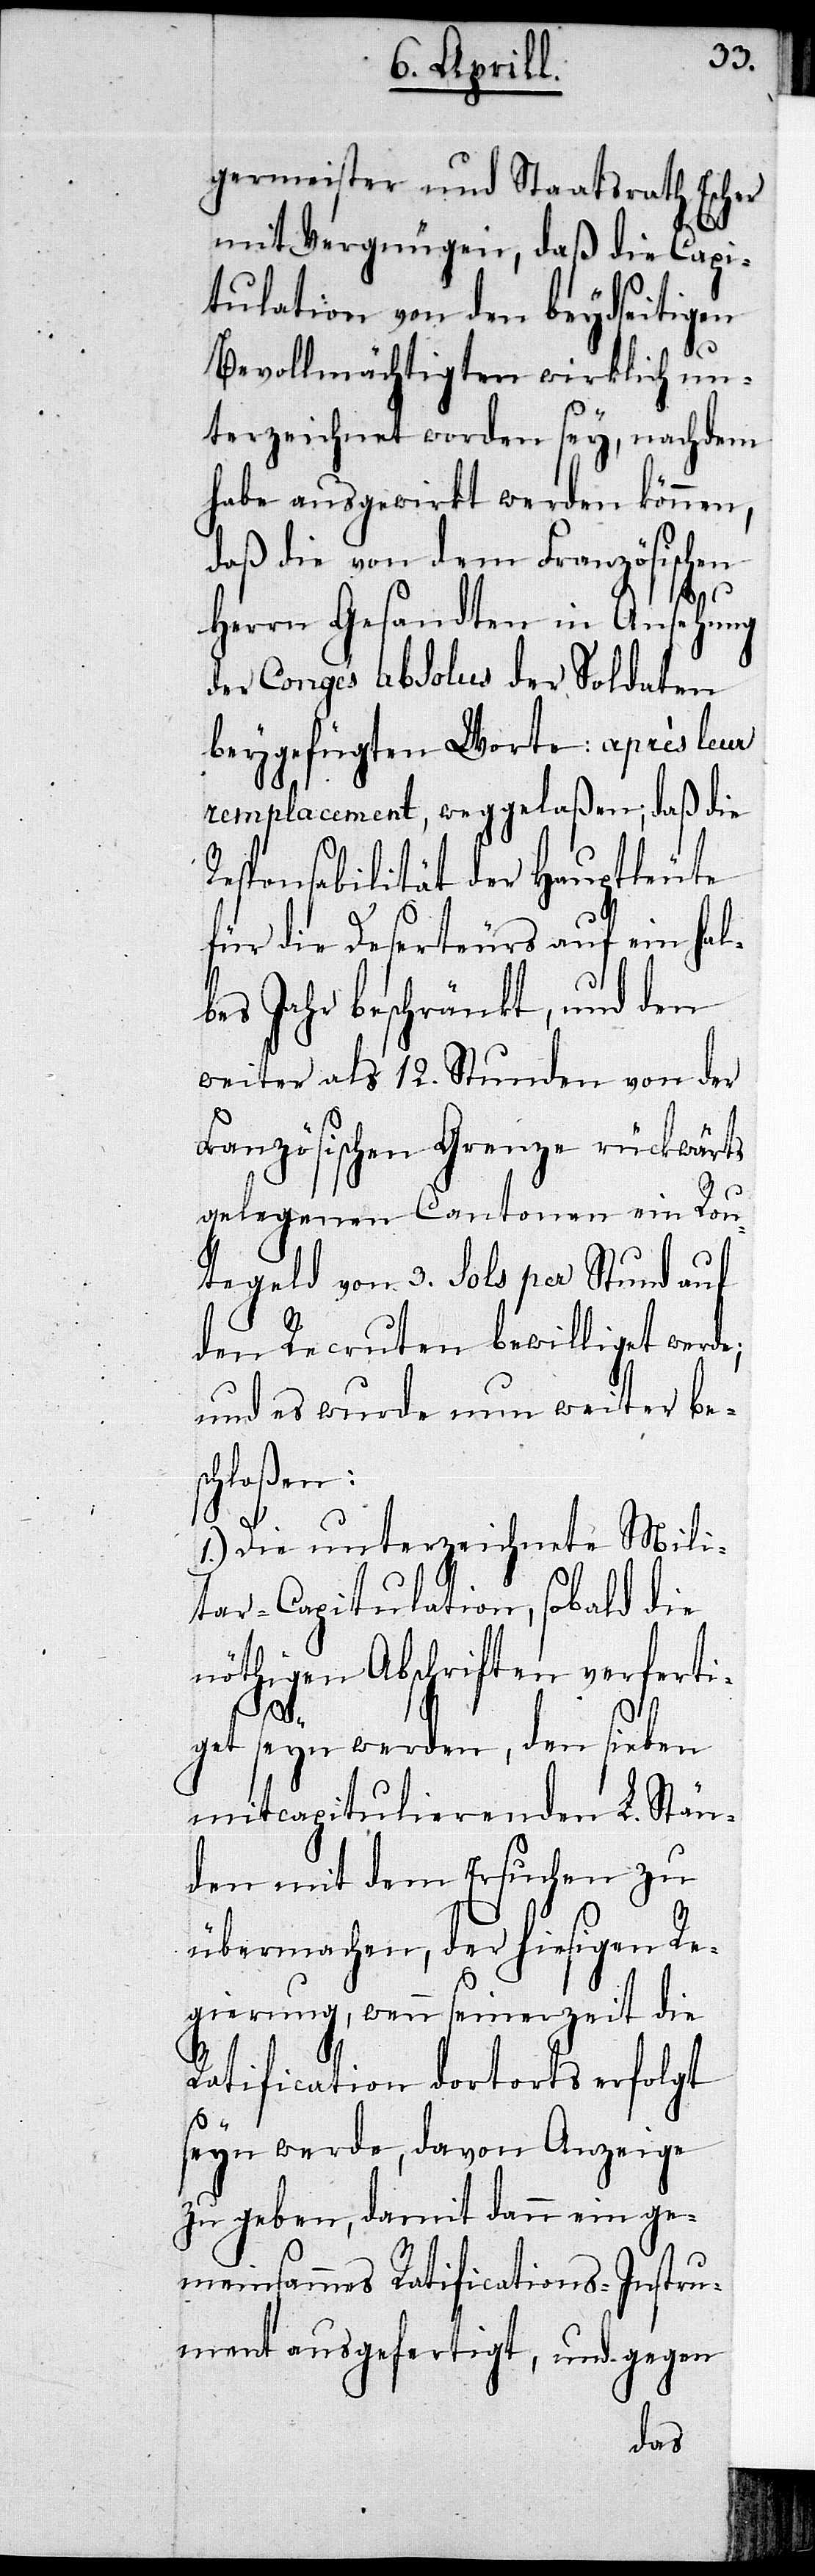
germeister und Staatsrath Escher
mit Vergnügen, daß die Capi¬
tulation von den beydseitigen
Bevollmächtigten wirklich un¬
terzeichnet worden sey,
nachdem
habe ausgewirkt werden können,
daß die von dem Französischen
Herrn Gesandten in Ansehung
der Congés absolus der Soldaten
beygefügten Worte: après leur
remplacement, weggelaßen, daß die
Responsabilität der Hauptleute
für die Deserteurs auf ein hal¬
bes Jahr beschränkt, und den
weiter als 12. Stunden von der
Französischen Grenze rückwärts
gelegenen Cantonen ein Rou¬
tegeld von 3. Sols per Stund auf
den Recruten bewilliget werde;
und es wurde nun weiter be¬
hloßen:
1.) Die unterzeichnete Mili¬
tar-Capitulation, sobald die
nöthigen Abschriften verferti¬
sc¬
get seyn werden, den sieben
mitcapitulierenden L. Stän¬
den mit dem Ersuchen zu
übermachen, der hiesigen Re¬
gierung, wenn seinerzeit die
Ratification dortorts erfolgt
seyn werde, davon Anzeige
zu geben, damit dann ein ge¬
meinsames Ratifications-Instru¬
ment ausgefertigt, und gegen